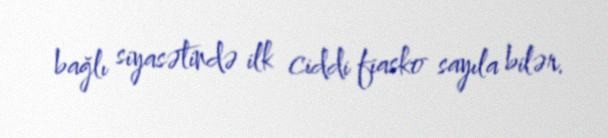
bağlı siyasətində ilk ciddi fiasko sayıla bilər.